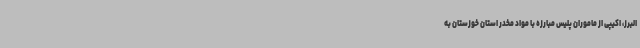
البرز، اکیپی از ماموران پلیس مبارزه با مواد مخدر استان خوزستان به